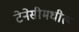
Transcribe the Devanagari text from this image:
टेनेसीमधील